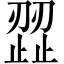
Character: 歰